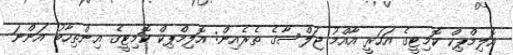
އޮލިމްޕިކް ކޮމިޓީގެ އަހަރީ އާއްމު ޖަލްސާގެ ތެރެއިން: އޮލިމްޕިކް ކޮމިޓީގެ އިންތިހާބު އަންނަ